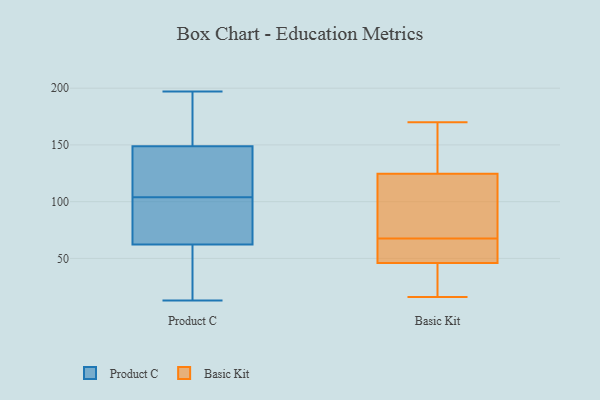
{"axis": {"x": "Population (Million)", "y": "Value"}, "legend": ["Basic Kit", "Product C"], "data": [{"x": "", "y": 69, "type": "Product C"}, {"x": "", "y": 145, "type": "Product C"}, {"x": "", "y": 182, "type": "Product C"}, {"x": "", "y": 104, "type": "Product C"}, {"x": "", "y": 187, "type": "Product C"}, {"x": "", "y": 138, "type": "Product C"}, {"x": "", "y": 113, "type": "Product C"}, {"x": "", "y": 60, "type": "Product C"}, {"x": "", "y": 36, "type": "Product C"}, {"x": "", "y": 69, "type": "Product C"}, {"x": "", "y": 91, "type": "Product C"}, {"x": "", "y": 197, "type": "Product C"}, {"x": "", "y": 150, "type": "Product C"}, {"x": "", "y": 27, "type": "Product C"}, {"x": "", "y": 13, "type": "Product C"}, {"x": "", "y": 41, "type": "Basic Kit"}, {"x": "", "y": 99, "type": "Basic Kit"}, {"x": "", "y": 59, "type": "Basic Kit"}, {"x": "", "y": 51, "type": "Basic Kit"}, {"x": "", "y": 17, "type": "Basic Kit"}, {"x": "", "y": 170, "type": "Basic Kit"}, {"x": "", "y": 131, "type": "Basic Kit"}, {"x": "", "y": 56, "type": "Basic Kit"}, {"x": "", "y": 120, "type": "Basic Kit"}, {"x": "", "y": 16, "type": "Basic Kit"}, {"x": "", "y": 74, "type": "Basic Kit"}, {"x": "", "y": 85, "type": "Basic Kit"}, {"x": "", "y": 146, "type": "Basic Kit"}, {"x": "", "y": 61, "type": "Basic Kit"}, {"x": "", "y": 22, "type": "Basic Kit"}, {"x": "", "y": 129, "type": "Basic Kit"}]}